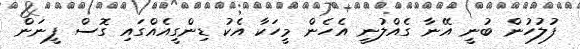
ފުލުހުން ބުނީ އޭނާ ގެއްލުނީ އެހެން މީހަކާ އެކު ޑިންގީއެއްގައި ގޮސް ފީނަން